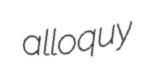
alloquy